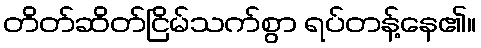
တိတ်ဆိတ်ငြိမ်သက်စွာ ရပ်တန့်နေ၏။